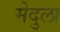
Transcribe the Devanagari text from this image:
मेदुला